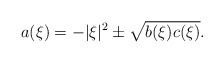
\begin{align*}a(\xi)=-|\xi|^2\pm\sqrt{b(\xi)c(\xi)}.\end{align*}